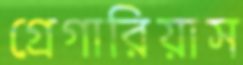
গ্রেগারিয়াস